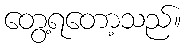
တွေ့ရတော့သည်။